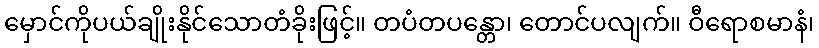
မှောင်ကိုပယ်ချိုးနိုင်သောတံခိုးဖြင့်။ တပံတပန္တော၊ တောင်ပလျက်။ ဝီရောစမာနံ၊